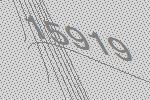
15919